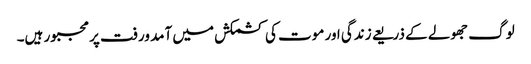
لوگ جھولے کے ذریعے زندگی اور موت کی کشمکش میں آمد ورفت پر مجبور ہیں۔